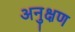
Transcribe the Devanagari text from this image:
अनुक्षण